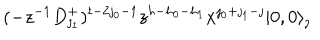
( - z ^ { - 1 } D _ { \jmath _ { 1 } } ^ { + } ) ^ { t - 2 \jmath _ { 0 } - 1 } z ^ { h - h _ { 0 } - h _ { 1 } } x ^ { \jmath _ { 0 } + \jmath _ { 1 } - \jmath } | 0 , 0 \rangle _ { \jmath }